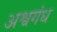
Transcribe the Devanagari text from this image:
अश्वगंध